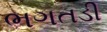
ભગતડી